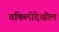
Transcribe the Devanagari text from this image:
वकिलीदेखील